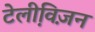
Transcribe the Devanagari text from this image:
टेलीवि़ज़न